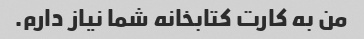
من به کارت کتابخانه شما نیاز دارم.